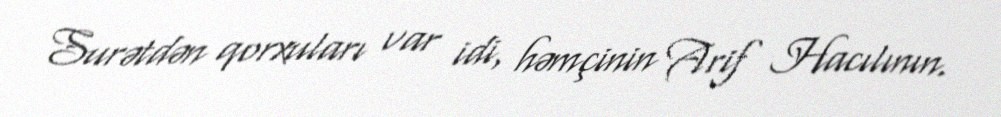
Surətdən qorxuları var idi, həmçinin Arif Hacılının.